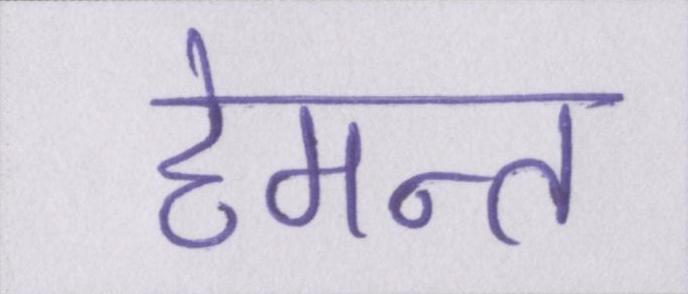
हेमन्त